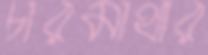
চারমাথার